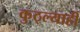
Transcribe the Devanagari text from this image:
कुठ्ल्याही